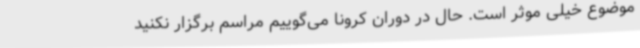
موضوع خیلی موثر است. حال در دوران کرونا می‌گوییم مراسم برگزار نکنید